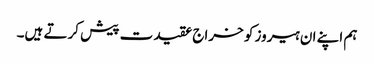
ہم اپنے ان ہیروز کو خراج عقیدت پیش کرتے ہیں۔